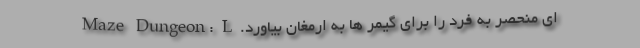
ای منحصر به فرد را برای گیمر ها به ارمغان بیاورد. Maze Dungeon: L